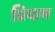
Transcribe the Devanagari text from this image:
प्रियाम